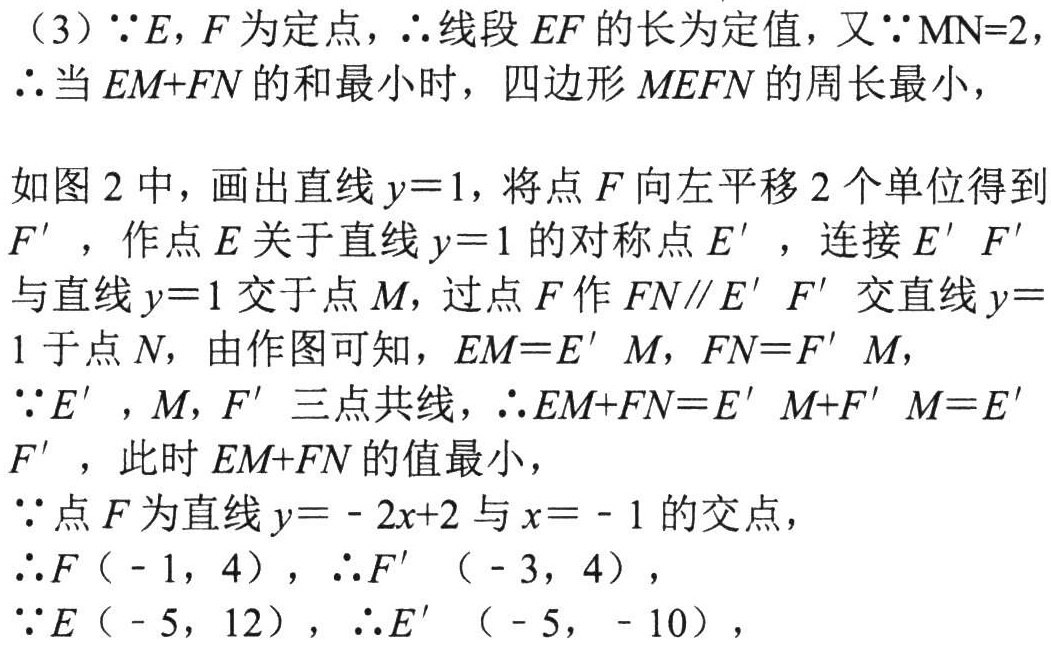
（3）\(\because E,F\)为定点，\(\therefore\)线段\(EF\)的长为定值，又\(\because \text{MN}=2\)，
\(\therefore\)当\(EM + FN\)的和最小时，四边形\(MEFN\)的周长最小，
如图 2 中，画出直线\(y = 1\)，将点\(F\)向左平移\(2\)个单位得到\(F'\)，作点\(E\)关于直线\(y = 1\)的对称点\(E'\)，连接\(E'F'\)与直线\(y = 1\)交于点\(M\)，过点\(F\)作\(FN\parallel E'F'\)交直线\(y = 1\)于点\(N\)，由作图可知，\(EM = E'M\)，\(FN = F'M\)，
\(\because E'\)，\(M\)，\(F'\)三点共线，\(\therefore EM + FN = E'M + F'M = E'F'\)，此时\(EM + FN\)的值最小，
\(\because\)点\(F\)为直线\(y = - 2x + 2\)与\(x = - 1\)的交点，
\(\therefore F(-1,4)\)，\(\therefore F'(-3,4)\)，
\(\because E(-5,12)\)，\(\therefore E'(-5,-10)\)，